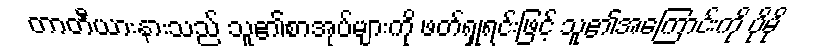
တာတီယားနားသည် သူ၏စာအုပ်များကို ဖတ်ရှုရင်းဖြင့် သူ၏အကြောင်းကို ပိုမို